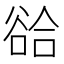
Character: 𧮵